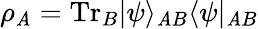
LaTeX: \rho_{\mathit{A}}=\mathrm{{Tr}}_{B}|\psi\rangle_{\mathit{A}B}\langle\psi|_{\mathit{A}B}